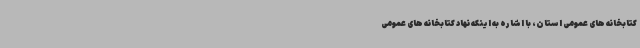
کتابخانه های عمومی استان، با اشاره به اینکه نهاد کتابخانه های عمومی